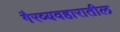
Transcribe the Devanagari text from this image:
गैरव्यवहारातील